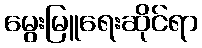
မွေးမြူရေးဆိုင်ရာ